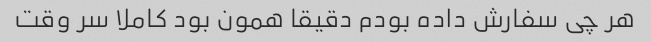
هر چی سفارش داده بودم دقیقا همون بود کاملا سر وقت